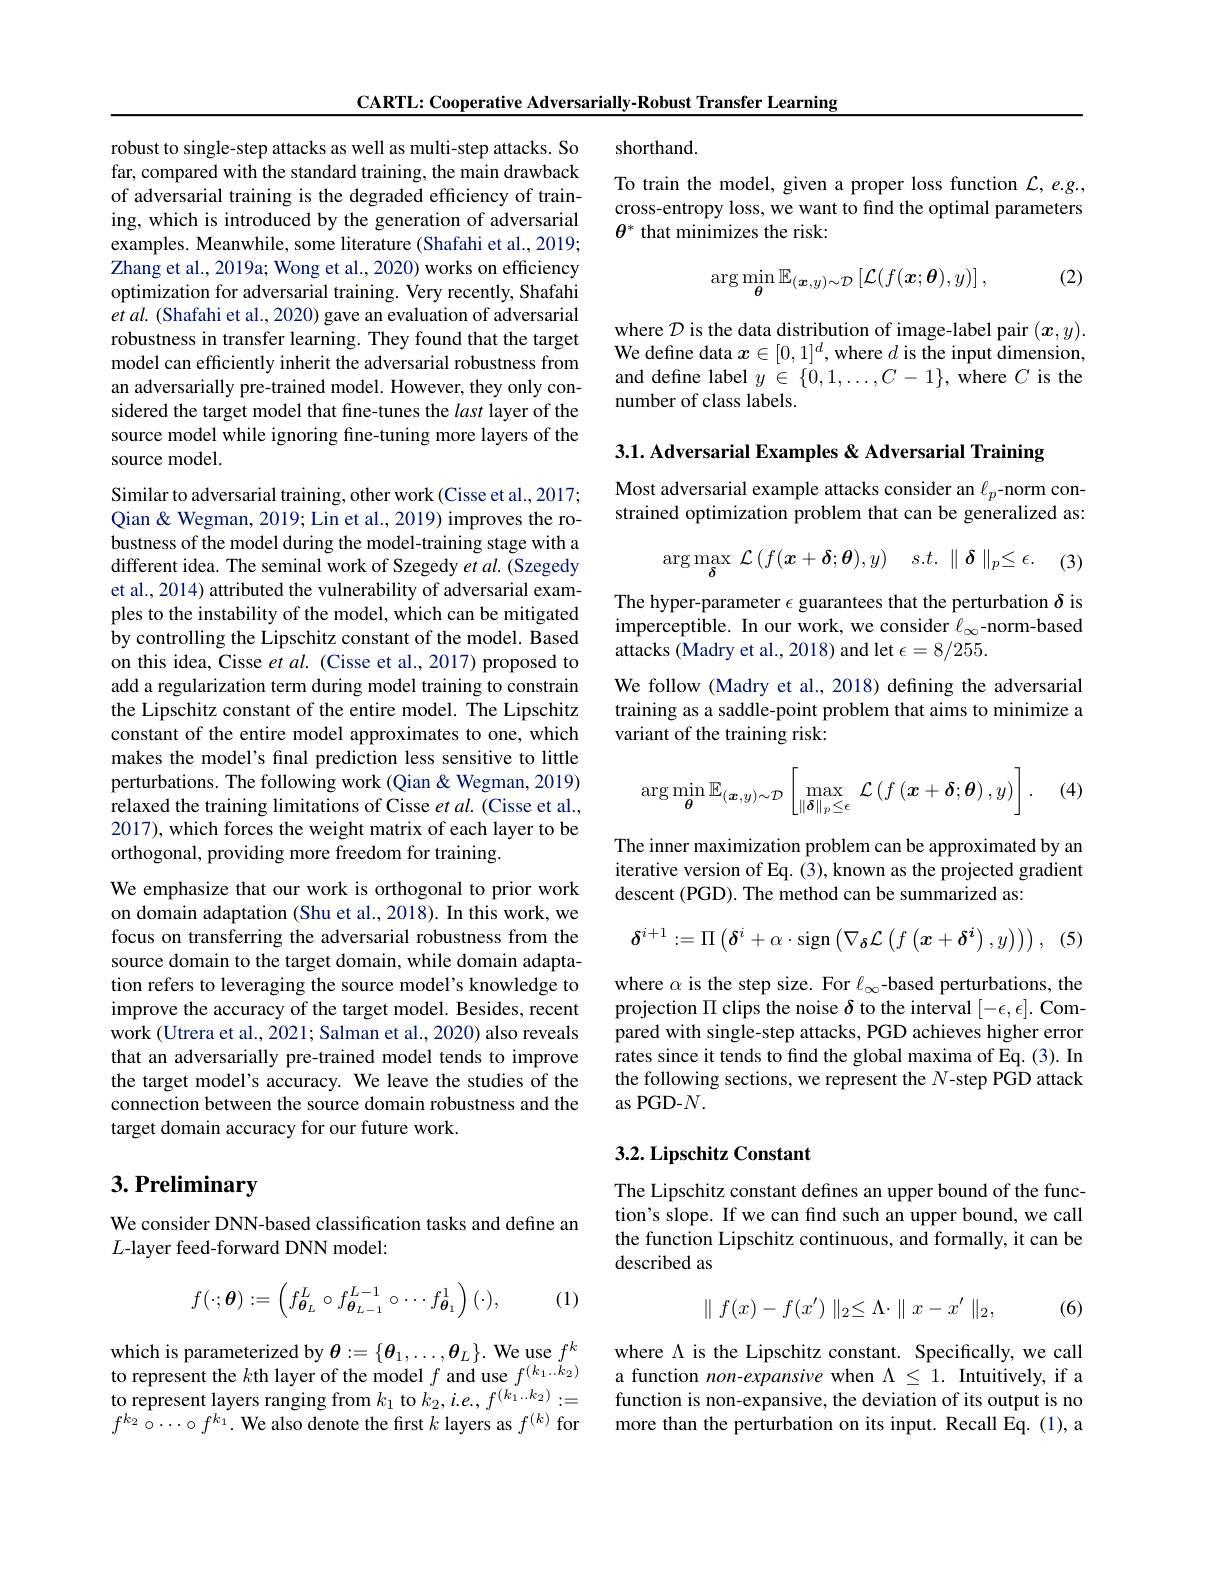
CARTL: Cooperative Adversarially-Robust Transfer Learning

robust to single-step attacks as well as multi-step attacks. So far, compared with the standard training, the main drawback of adversarial training is the degraded efficiency of training, which is introduced by the generation of adversarial examples. Meanwhile, some literature (Shafahi et al., 2019; Zhang et al., 2019a; Wong et al., 2020) works on efficiency optimization for adversarial training. Very recently, Shafahi $etal.$ (Shafahi et al., 2020) gave an evaluation of adversarial robustness in transfer learning. They found that the target model can efficiently inherit the adversarial robustness from an adversarially pre-trained model. However, they only considered the target model that fine-tunes the last layer of the source model while ignoring fine-tuning more layers of the source model

Similar to adversarial training, other work (Cisse et al., 2017; Qian& Wegman, 2019; Lin et al., 2019) improves the robustness of the model during the model-training stage with a different idea. The seminal work of Szegedy et al. (Szegedy et al., 2014) attributed the vulnerability of adversarial examples to the instability of the model, which can be mitigated by controlling the Lipschitz constant of the model. Based on this idea, Cisse $etal.$ (Cisse et al., 2017) proposed to add a regularization term during model training to constrain the Lipschitz constant of the entire model. The Lipschitz constant of the entire model approximates to one, which makes the model's final prediction less sensitive to little perturbations. The following work (Qian &Wegman, 2019) relaxed the training limitations of Cisse et $al.$ (Cisse et al., 2017), which forces the weight matrix of each layer to be orthogonal, providing more freedom for training.
We emphasize that our work is orthogonal to prior work on domain adaptation (Shu et al., 2018). In this work, we focus on transferring the adversarial robustness from the source domain to the target domain, while domain adaptation refers to leveraging the source model's knowledge to improve the accuracy of the target model. Besides, recent work (Utrera et al., 2021; Salman et al., 2020) also reveals that an adversarially pre-trained model tends to improve the target model's accuracy. We leave the studies of the connection between the source domain robustness and the target domain accuracy for our future work.

# $3. \textbf{Preliminary}$

We consider DNN-based classification tasks and define an
$L$-layer feed-forward DNN model
$$f(\cdot;\boldsymbol{\theta}):=\begin{pmatrix}f_{\boldsymbol{\theta}_L}^L\circ f_{\boldsymbol{\theta}_{L-1}}^{L-1}\circ\cdots f_{\boldsymbol{\theta}_1}^1\end{pmatrix}(\cdot),$$
(1)

which is parameterized by $\boldsymbol{\theta}:=\{\boldsymbol{\theta}_1,\ldots,\boldsymbol{\theta}_L\}.$ We use $f^k$ to represent the $k$th layer of the model $f$ and use $f^(k_1\ldots k_2)$ to represent layers ranging from $k_1$ to $k_2,i.e.,f^{(k_1\ldots k_2)}:=$ $f^{k_{2}}\hat{\circ}\cdots\circ f^{k_{1}}.$ We also denote the first $k$ layers as $f^(k)$ for

shorthand.
To train the model, given a proper loss function $\mathcal{L},e.g.$, cross-entropy loss, we want to find the optimal parameters $\theta^*$ that minimizes the risk:
$$\arg\min_{\boldsymbol{\theta}}\mathbb{E}_{(\boldsymbol{x},y)\sim\mathcal{D}}\left[\mathcal{L}(f(\boldsymbol{x};\boldsymbol{\theta}),y)\right],$$
(2)

where $\mathcal{D}$ is the data distribution of image-label pair $(\boldsymbol x,y).$ We define data $x\in[0,1]^d$, where $d$ is the input dimension, and define label $y\in\{0,1,\ldots,C-1\}$, where $C$ is the number of class labels.

3.1. Adversarial Examples & Adversarial Training

Most adversarial example attacks consider an $\ell_p$-norm constrained optimization problem that can be generalized as:
$$\arg\max_{\boldsymbol{\delta}}\:\mathcal{L}\left(f(\boldsymbol{x}+\boldsymbol{\delta};\boldsymbol{\theta}),y\right)\quad s.t.\:\parallel\boldsymbol{\delta}\parallel_p\leq\epsilon.\quad(3)$$
The hyper-parameter $\epsilon$ guarantees that the perturbation $\delta$ is imperceptible. In our work, we consider $\ell_\infty$-norm-based attacks (Madry et al., 2018) and let $\epsilon=8/255.$
We follow (Madry et al., 2018) defining the adversarial training as a saddle-point problem that aims to minimize a variant of the training risk:
$$\arg\min_{\boldsymbol{\theta}}\mathbb{E}_{(\boldsymbol{x},y)\sim\mathcal{D}}\left[\max_{\|\boldsymbol{\delta}\|_{p}\leq\epsilon}\:\mathcal{L}\left(f\left(\boldsymbol{x}+\boldsymbol{\delta};\boldsymbol{\theta}\right),y\right)\right].$$
(4)

The inner maximization problem can be approximated by an iterative version of Eq. (3), known as the projected gradient descent (PGD). The method can be summarized as:
$$\delta^{i+1}:=\Pi\left(\delta^{i}+\alpha\cdot\mathrm{sign}\left(\nabla_{\boldsymbol{\delta}}\mathcal{L}\left(f\left(\boldsymbol{x}+\boldsymbol{\delta}^{\boldsymbol{i}}\right),y\right)\right)\right),$$
(5)

where $\alpha$ is the step size. For $\ell_\infty$-based perturbations, the projection $\Pi$ clips the noise $\delta$ to the interval $[-\epsilon,\epsilon].$ Compared with single-step attacks, PGD achieves higher error rates since it tends to find the global maxima of Eq. (3). In the following sections, we represent the $N$-step PGD attack as PGD-$N.$

## 3.2. Lipschitz Constant

The Lipschitz constant defines an upper bound of the function's slope. If we can find such an upper bound, we call the function Lipschitz continuous, and formally, it can be described as
$$\parallel f(x)-f(x')\parallel_2\le\Lambda\cdotp\parallel x-x'\parallel_2,$$
(6)

where $\Lambda$ is the Lipschitz constant. Specifically, we call a function non-expansive when $\Lambda\leq1.$ Intuitively, if a function is non-expansive, the deviation of its output is no more than the perturbation on its input. Recall Eq. (1), a